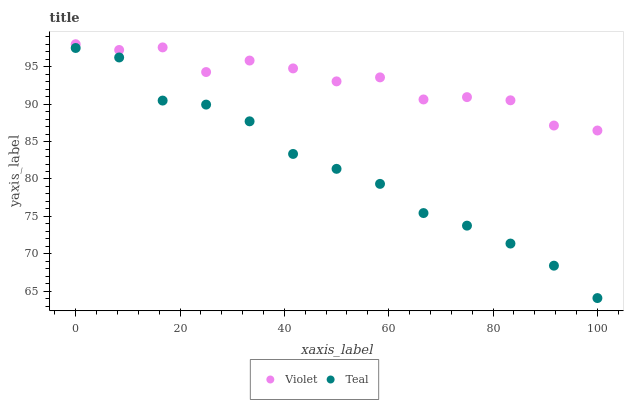
| xaxis_label | Violet | Teal |
 | --- | --- | --- |
 | 0 | 98 | 97.5 |
 | 8.33 | 97.2 | 96.2 |
 | 16.7 | 97.6 | 90.5 |
 | 25 | 94.3 | 89.9 |
 | 33.3 | 95.8 | 87.7 |
 | 41.7 | 94.8 | 83.3 |
 | 50 | 93 | 81.4 |
 | 58.3 | 93.6 | 79.3 |
 | 66.7 | 90.6 | 75.4 |
 | 75 | 90.9 | 73.8 |
 | 83.3 | 90.5 | 71.4 |
 | 91.7 | 87.1 | 68.4 |
 | 100 | 86.5 | 64.1 |